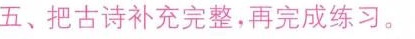
五、把古诗补充完整，再完成练习。